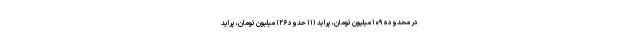
در محدوده ۱۰۹ میلیون تومان، پراید ۱۱۱ حدود ۱۲۶ میلیون تومان، پراید